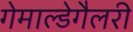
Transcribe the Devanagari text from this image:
गेमाल्डेगैलरी